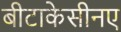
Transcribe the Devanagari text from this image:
बीटाकेसीनए